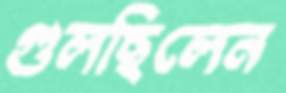
গুলছিলেন